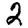
Digit: 2